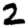
Digit: 2